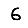
Digit: 6